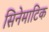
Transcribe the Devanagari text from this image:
सिनेमाटिक